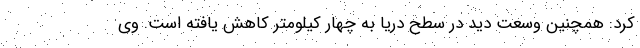
کرد: همچنین وسعت دید در سطح دریا به چهار کیلومتر کاهش یافته است. وی